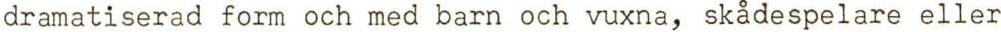
dramatiserad form och med barn och vuxna, skådespelare eller